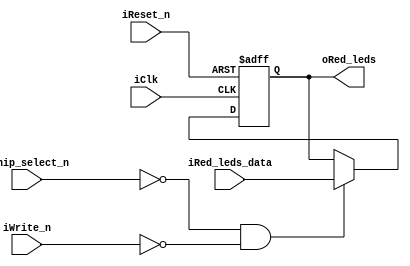
module red_leds
(
	 input iClk,
	 input iReset_n,
	 input iChip_select_n,
	 input iWrite_n,
	 input [31:0] iRed_leds_data,
	 output reg [31:0] oRed_leds
);
 always@(posedge iClk, negedge iReset_n)
 begin
	 if(~iReset_n)
	 begin
		oRed_leds <= 32'd0;
	 end
	 else
	 begin
		 if(~iChip_select_n & ~iWrite_n)
		 begin
			oRed_leds <= iRed_leds_data;
		 end
	 end
 end
endmodule